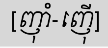
[ញ៉ាំ-ញ៉ើ]